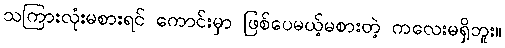
သကြားလုံးမစားရင် ကောင်းမှာ ဖြစ်ပေမယ့်မစားတဲ့ ကလေးမရှိဘူး။